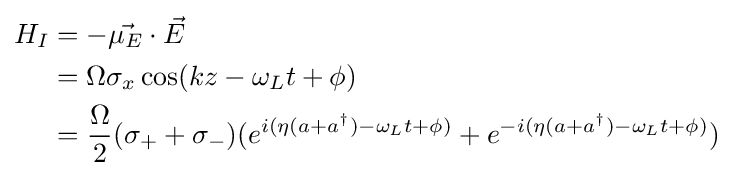
{\begin{aligned}H_{I}&=-{\vec {\mu _{E}}}\cdot {\vec {E}}\\&=\Omega \sigma _{x}\cos(kz-\omega _{L}t+\phi )\\&={\frac {\Omega }{2}}(\sigma _{+}+\sigma _{-})(e^{i(\eta (a+a^{\dagger })-\omega _{L}t+\phi )}+e^{-i(\eta (a+a^{\dagger })-\omega _{L}t+\phi )})\\\end{aligned}}